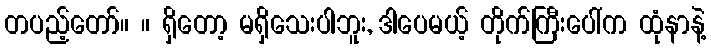
တပည့်တော်။ ။ ရှိတော့ မရှိသေးပါဘူး, ဒါပေမယ့် တိုက်ကြီးပေါ်က ထုံနာနဲ့